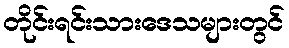
တိုင်းရင်းသားဒေသများတွင်